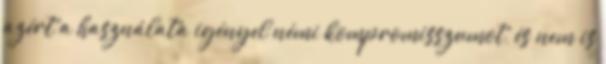
azért a használata igényel némi kompromisszumot, és nem is